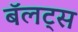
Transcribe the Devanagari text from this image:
बॅलट्स